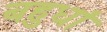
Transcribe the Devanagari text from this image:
बहुधां